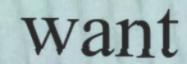
want